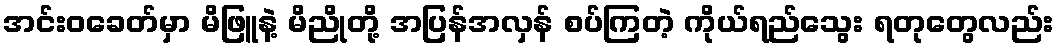
အင်းဝခေတ်မှာ မိဖြူနဲ့ မိညိုတို့ အပြန်အလှန် စပ်ကြတဲ့ ကိုယ်ရည်သွေး ရတုတွေလည်း